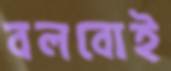
বলবোই